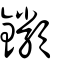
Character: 𨰥